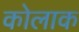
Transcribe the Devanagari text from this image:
कोलाक